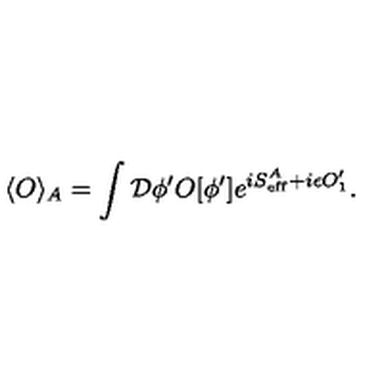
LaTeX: \langle O \rangle _ { A } = \int { \cal D } \phi ^ { \prime } O [ \phi ^ { \prime } ] e ^ { i S _ { \mathrm { e f f } } ^ { A } + i \epsilon O _ { 1 } ^ { \prime } } .